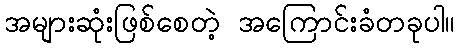
အများဆုံးဖြစ်စေတဲ့ အကြောင်းခံတခုပါ။